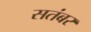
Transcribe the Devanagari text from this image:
सतंबर